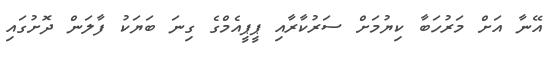
އޭނާ އަށް މަރުހަބާ ކިޔުމަށް ސަރުކާރާއި ޕީޕީއެމްގެ ގިނަ ބަޔަކު ފާލަން ދޮށުގައި